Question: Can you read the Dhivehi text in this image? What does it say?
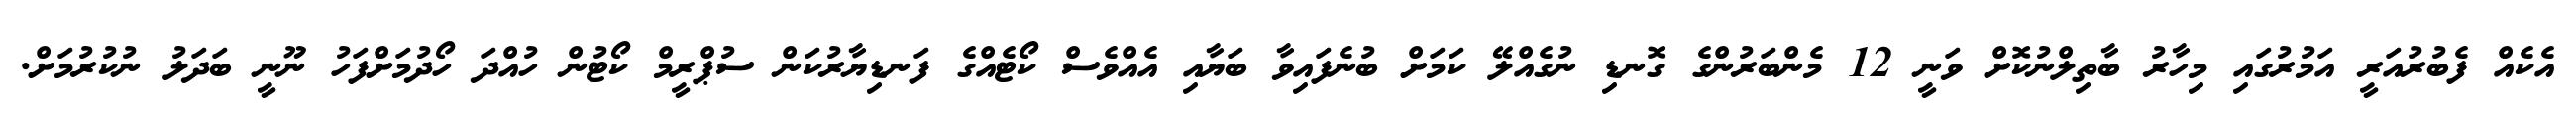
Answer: އެކެއް ފެބުރުއަރީ އަމުރުގައި މިހާރު ބާތިލްނުކޮށް ވަނީ 12 މެންބަރުންގެ ގޮނޑި ނުގެއްލޭ ކަމަށް ބުނެފައިވާ ބަޔާއި އެއްވެސް ކޯޓެއްގެ ފަނޑިޔާރުކަން ސުޕްރީމް ކޯޓުން ހުއްދަ ހޯދުމަށްފަހު ނޫނީ ބަދަލު ނުކުރުމަށް.